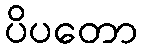
ပိပတော